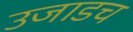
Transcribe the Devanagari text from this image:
उजाडच